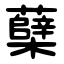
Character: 蘖